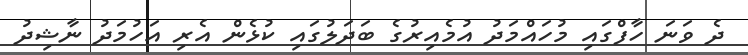
ދެ ވަނަ ހާފްގައި މުހައްމަދު އުމެއިރުގެ ބަދަލުގައި ކުޅެން އެރި އަހުމަދު ނާޝިދު